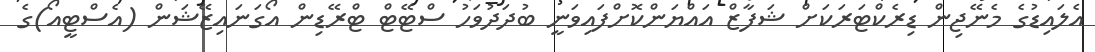
އެލައިޑުގެ މެނޭޖިން ޑިރެކްޓަރަކަށް ޝަފާޒް އައްޔަންކޮށްފައިވަނީ ބުދަދުވަހު ސްޓޭޓް ޓްރޭޑިން އޯގަނައިޒޭޝަން (އެސްޓީއޯ)ގެ